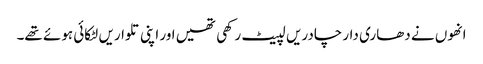
انھوں نے دھاری دار چادریں لپیٹ رکھی تھیں اور اپنی تلواریں لٹکائی ہوئے تھے۔